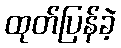
ထုတ်ပြန်ခဲ့